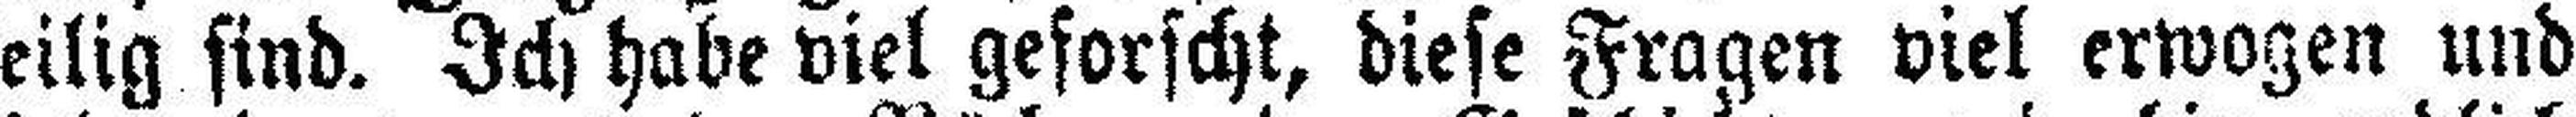
heilig sind. Ich habe viel geforscht, diese Fragen viel erwogen und